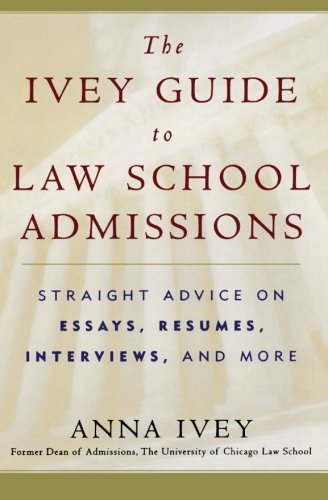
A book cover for The Ivey Guide to Law School Admissions: Straight Advice on Essays, RÃ©sumÃ©s, Interviews, and More; Anna Ivey; Test Preparation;